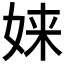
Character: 𫝫